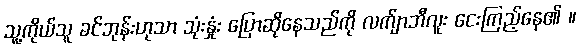
သူ့ကိုယ်သူ ခင်ဘုန်းဟုသာ သုံးနှုံး ပြောဆိုနေသည်ကို လက်ျာဘီလူး ငေးကြည့်နေ၏ ။